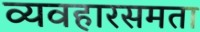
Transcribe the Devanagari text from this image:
व्यवहारसमता